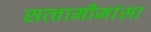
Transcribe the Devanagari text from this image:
सत्‍तामीमांसा